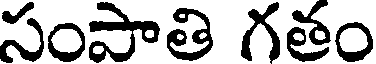
సంపాతి గతం